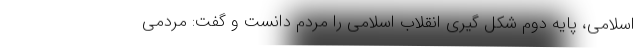
اسلامی، پایه دوم شکل گیری انقلاب اسلامی را مردم دانست و گفت: مردمی